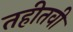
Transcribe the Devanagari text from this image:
तहीतवी